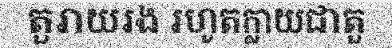
តួរាយរង រហូតក្លាយជាតួ